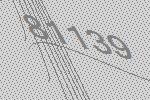
81139